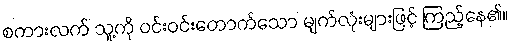
စကားလက် သူ့ကို ဝင်းဝင်းတောက်သော မျက်လုံးများဖြင့် ကြည့်နေ၏။